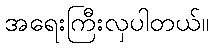
အရေးကြီးလှပါတယ်။